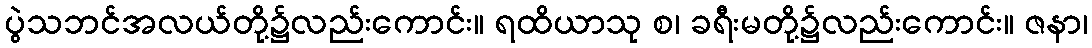
ပွဲသဘင်အလယ်တို့၌လည်းကောင်း။ ရထိယာသု စ၊ ခရီးမတို့၌လည်းကောင်း။ ဇနာ၊